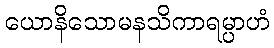
ယောနိသောမနသိကာရမ္ပာဟံ